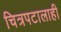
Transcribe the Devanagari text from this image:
चित्रपटालाही